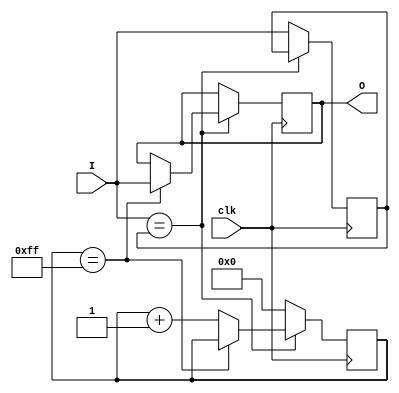
`timescale 1ns / 1ps
//////////////////////////////////////////////////////////////////////////////////
// Company: 
// Engineer: 
// 
// Design Name: 
// Module Name: debouncer
// Project Name: 
// Target Devices: 
// Tool Versions: 
// Description: 
// 
// Dependencies: 
// 
// Revision:
// Revision 0.01 - File Created
// Additional Comments:
// 
//////////////////////////////////////////////////////////////////////////////////
`timescale 1ns / 1ps


module debouncer(
    input clk,
    input I,
    output reg O
    );
    parameter COUNT_MAX=255, COUNT_WIDTH=8;
    reg [COUNT_WIDTH-1:0] count;
    reg Iv=0;
    always@(posedge clk)
        if (I == Iv) begin
            if (count == COUNT_MAX)
                O <= I;
            else
                count <= count + 1'b1;
        end else begin
            count <= 'b0;
            Iv <= I;
        end
endmodule